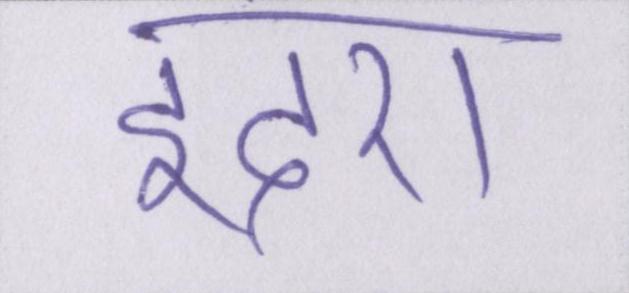
इंदरा